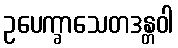
ဥပေက္ခာသေတဒန္တဝါ